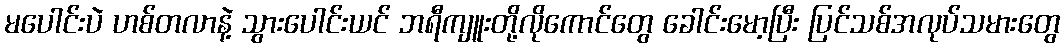
မပေါင်းပဲ ဟစ်တလာနဲ့ သွားပေါင်းယင် ဘရီကျူးတို့လိုကောင်တွေ ခေါင်းမော့ပြီး ပြင်သစ်အလုပ်သမားတွေ